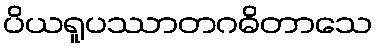
ပိယရူပဿာတဂဓိတာသေ